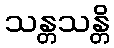
သန္တသန္တိ